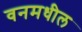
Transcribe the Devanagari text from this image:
वनमधील